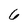
Character: 6